Annual report of the Camel Specialist
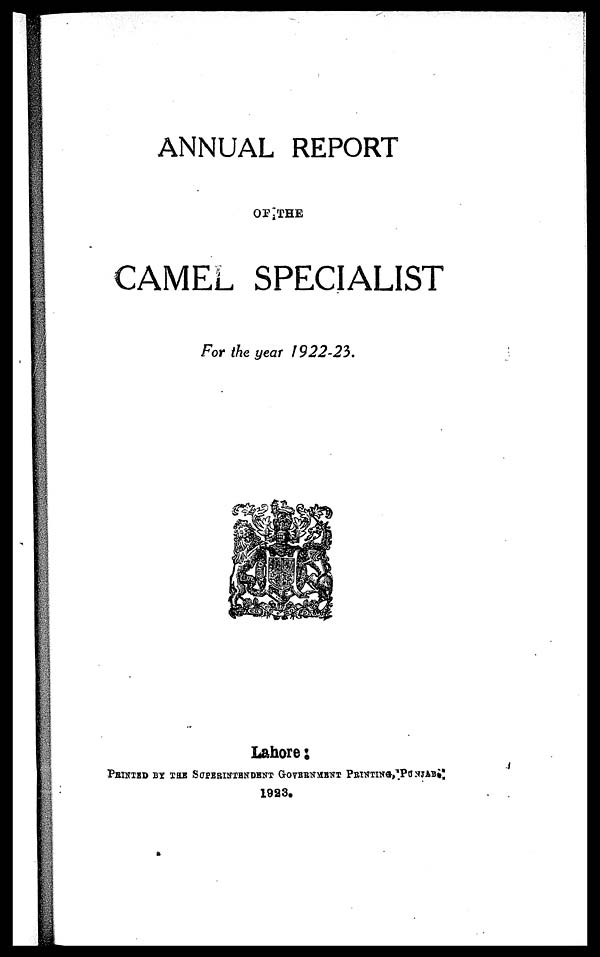
ANNUAL REPORT
OF THE
CAMEL SPECIALIST
For the year 1922-23.
Lahore :
PRINTED BY THE SUPERINTENDENT GOVERNMENT PRINTING, PUNJAB.
1923.